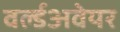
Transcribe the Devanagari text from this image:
वर्ल्डअवेयर